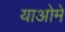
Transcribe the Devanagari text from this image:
याओमे